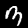
Label: 3